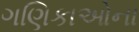
ગણિકાઓના